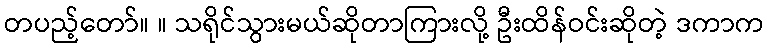
တပည့်တော်။ ။ သရိုင်သွားမယ်ဆိုတာကြားလို့ ဦးထိန်ဝင်းဆိုတဲ့ ဒကာက